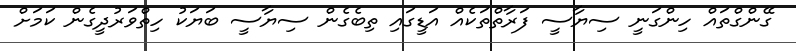
ގޭންގްތައް ހިންގަނީ ސިޔާސީ ފަރާތްތަކެއް އަޑީގައި ތިބެގެން ސިޔާސީ ބަޔަކު ހިތްވަރުދީގެން ކަމަށް